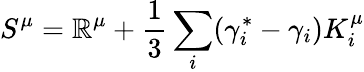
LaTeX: S^{\mu}=\mathbb{R}^{\mu}+\frac{{1}}{{3}}\sum_{i}(\gamma_{i}^{\ast}-\gamma_{i})K_{i}^{\mu}